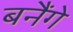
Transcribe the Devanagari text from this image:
बनैंगे